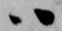
ハ